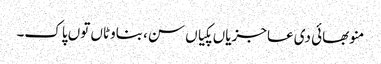
منو بھائی دی عاجزیاں پکیاں سن، بناوٹاں توں پاک۔